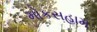
મોકસહામ